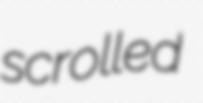
scrolled